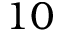
1 0